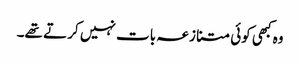
وہ کبھی کوئی متنازعہ بات نہیں کر تے تھے۔